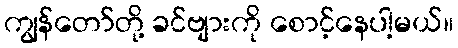
ကျွန်တော်တို့ ခင်ဗျားကို စောင့်နေပါ့မယ်။